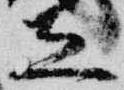
立